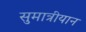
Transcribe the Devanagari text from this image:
सुमात्रीयान